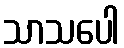
သာသပေါ